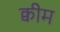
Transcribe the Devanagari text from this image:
क्वीम